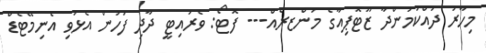
މިހާރު ދައްކަމުންދާ ޒޫޓޮޕިއާގެ މަންޒރެއް--- ފޮޓޯ: ވެރައިޓީ ދާދި ފަހުން އެޅުވި އެނިމޭޓެޑް